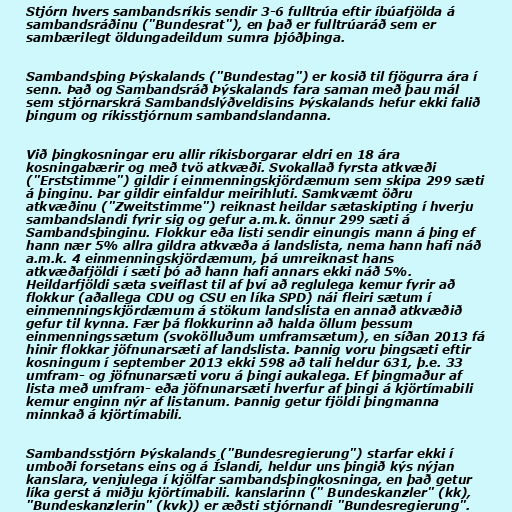
Stjórn hvers sambandsríkis sendir 3-6 fulltrúa eftir íbúafjölda á
sambandsráðinu ("Bundesrat"), en það er fulltrúaráð sem er
sambærilegt öldungadeildum sumra þjóðþinga.

Sambandsþing Þýskalands ("Bundestag") er kosið til fjögurra ára í
senn. Það og Sambandsráð Þýskalands fara saman með þau mál
sem stjórnarskrá Sambandslýðveldisins Þýskalands hefur ekki falið
þingum og ríkisstjórnum sambandslandanna.

Við þingkosningar eru allir ríkisborgarar eldri en 18 ára
kosningabærir og með tvö atkvæði. Svokallað fyrsta atkvæði
("Erststimme") gildir í einmenningskjördæmum sem skipa 299 sæti
á þinginu. Þar gildir einfaldur meirihluti. Samkvæmt öðru
atkvæðinu ("Zweitstimme") reiknast heildar sætaskipting í hverju
sambandslandi fyrir sig og gefur a.m.k. önnur 299 sæti á
Sambandsþinginu. Flokkur eða listi sendir einungis mann á þing ef
hann nær 5% allra gildra atkvæða á landslista, nema hann hafi náð
a.m.k. 4 einmenningskjördæmum, þá umreiknast hans
atkvæðafjöldi í sæti þó að hann hafi annars ekki náð 5%.
Heildarfjöldi sæta sveiflast til af því að reglulega kemur fyrir að
flokkur (aðallega CDU og CSU en líka SPD) nái fleiri sætum í
einmenningskjördæmum á stökum landslista en annað atkvæðið
gefur til kynna. Fær þá flokkurinn að halda öllum þessum
einmenningssætum (svokölluðum umframsætum), en síðan 2013 fá
hinir flokkar jöfnunarsæti af landslista. Þannig voru þingsæti eftir
kosningum í september 2013 ekki 598 að tali heldur 631, þ.e. 33
umfram- og jöfnunarsæti voru á þingi aukalega. Ef þingmaður af
lista með umfram- eða jöfnunarsæti hverfur af þingi á kjörtímabili
kemur enginn nýr af listanum. Þannig getur fjöldi þingmanna
minnkað á kjörtímabili.

Sambandsstjórn Þýskalands ("Bundesregierung") starfar ekki í
umboði forsetans eins og á Íslandi, heldur uns þingið kýs nýjan
kanslara, venjulega í kjölfar sambandsþingkosninga, en það getur
líka gerst á miðju kjörtímabili. kanslarinn (" Bundeskanzler" (kk),
"Bundeskanzlerin" (kvk)) er æðsti stjórnandi "Bundesregierung".